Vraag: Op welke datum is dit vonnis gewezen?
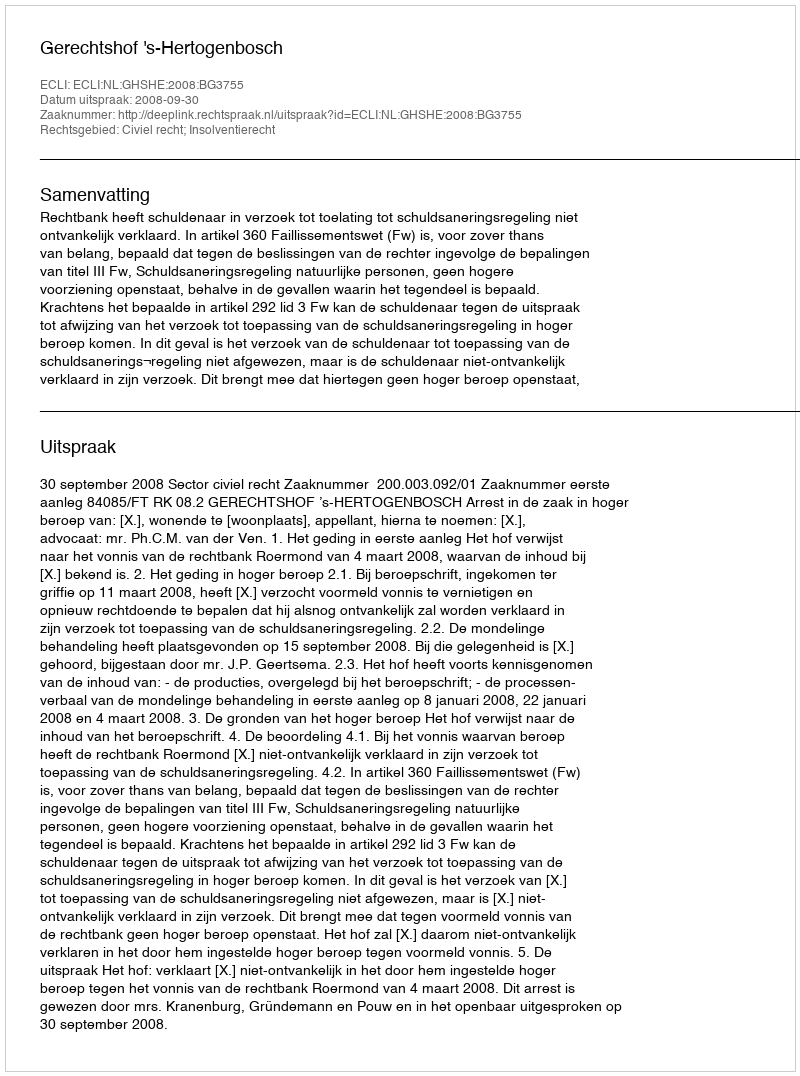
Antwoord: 2008-09-30